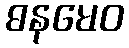
ဓနမေဝ